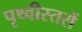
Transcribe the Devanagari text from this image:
पृथ्वीस्तरों